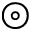
\circledcirc